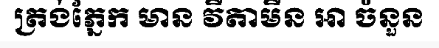
ត្រង់ភ្នែក មាន វីតាមីន អា ចំនួន